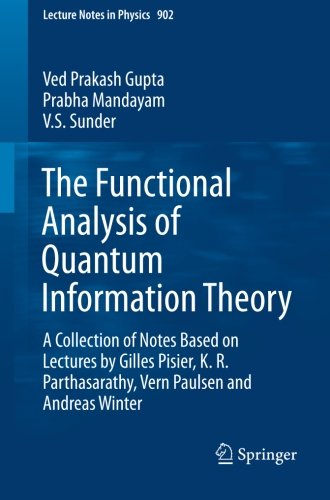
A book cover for The Functional Analysis of Quantum Information Theory: A Collection of Notes Based on Lectures by Gilles Pisier, K. R. Parthasarathy, Vern Paulsen and Andreas Winter (Lecture Notes in Physics); Ved Prakash Gupta; Computers & Technology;